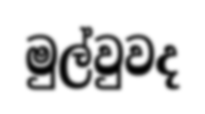
මුල්වුවද